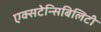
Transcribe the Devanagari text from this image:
एक्सटेन्सिबिलिटी